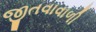
જીતવાવાળી